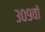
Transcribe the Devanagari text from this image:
३०९वॉ